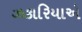
ઝકારિયાએ